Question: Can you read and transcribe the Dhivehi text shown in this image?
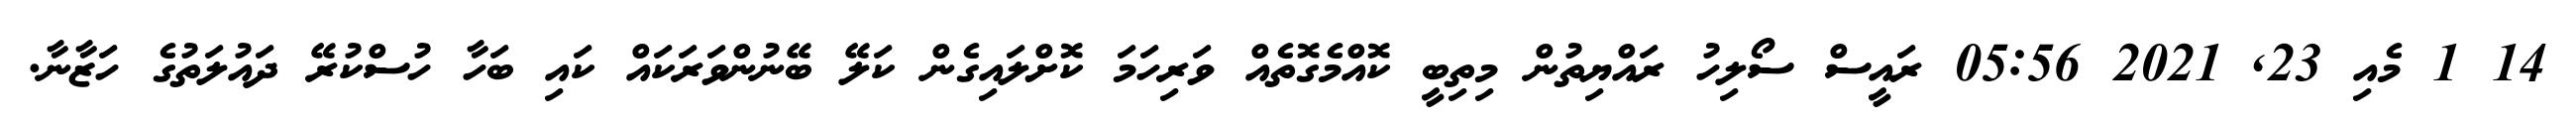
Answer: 14 1 މެއި 23, 2021 05:56 ރައީސް ސޯލިހު ރައްޔިތުން މިތިބީ ކޮއްމެގޮތެއް ވަރިހަމަ ކޮށްލައިގެން ކަލޭ ބޭނުންވަރަކައް ކައި ބަހާ ހުސްކުރޭ ދައުލަތުގެ ހަޒާނާ.